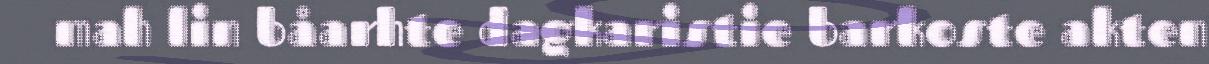
mah lin båarhte dagkaristie barkoste akten